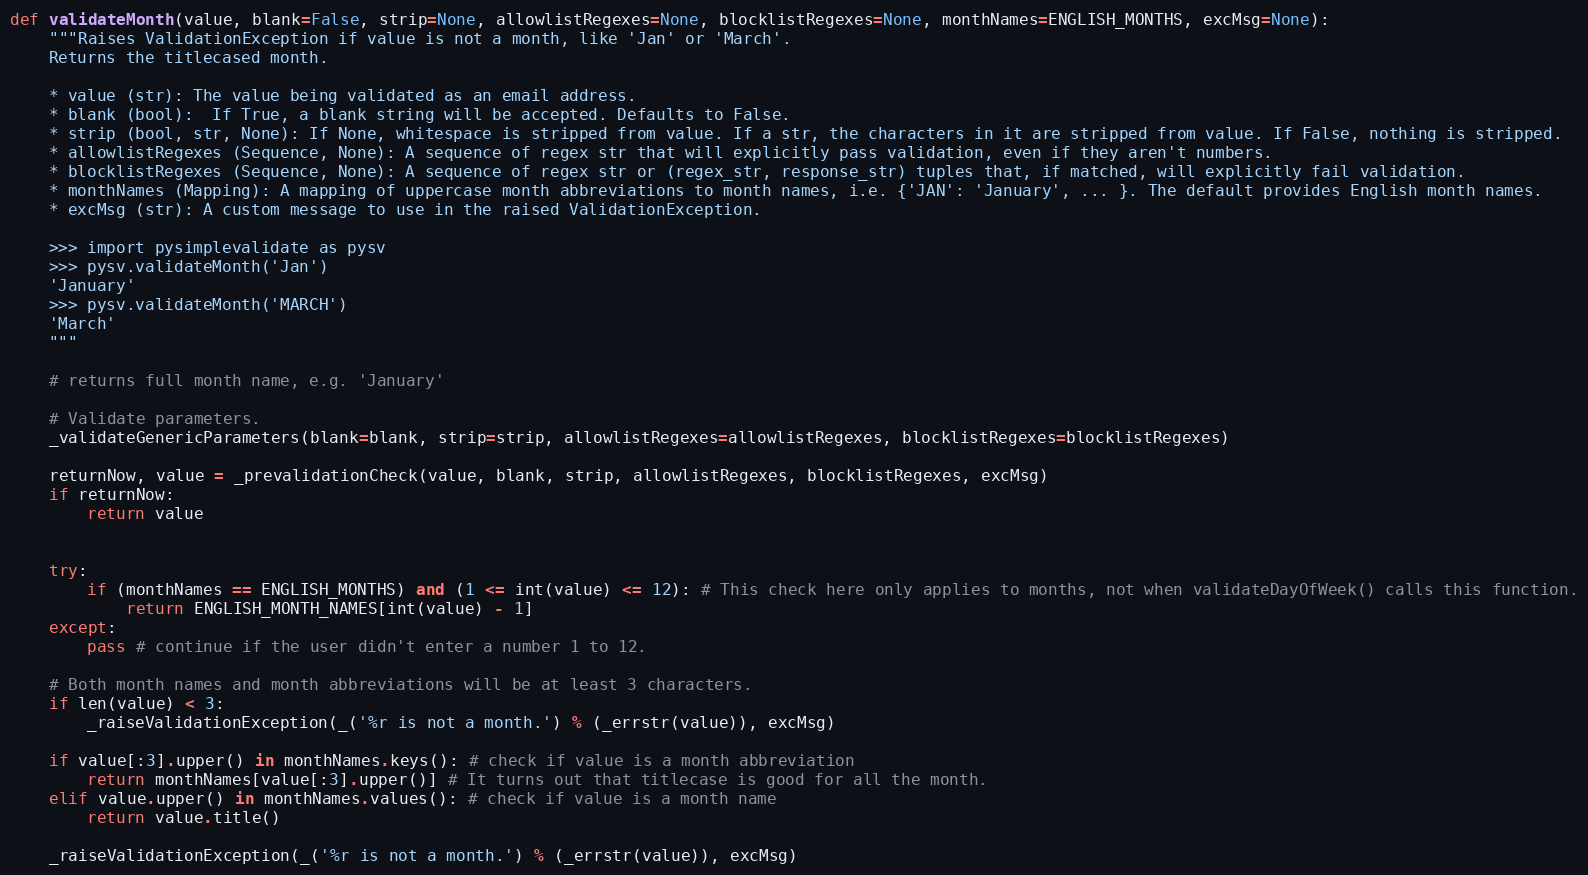
Language: Python
def validateMonth(value, blank=False, strip=None, allowlistRegexes=None, blocklistRegexes=None, monthNames=ENGLISH_MONTHS, excMsg=None):
    """Raises ValidationException if value is not a month, like 'Jan' or 'March'.
    Returns the titlecased month.

    * value (str): The value being validated as an email address.
    * blank (bool):  If True, a blank string will be accepted. Defaults to False.
    * strip (bool, str, None): If None, whitespace is stripped from value. If a str, the characters in it are stripped from value. If False, nothing is stripped.
    * allowlistRegexes (Sequence, None): A sequence of regex str that will explicitly pass validation, even if they aren't numbers.
    * blocklistRegexes (Sequence, None): A sequence of regex str or (regex_str, response_str) tuples that, if matched, will explicitly fail validation.
    * monthNames (Mapping): A mapping of uppercase month abbreviations to month names, i.e. {'JAN': 'January', ... }. The default provides English month names.
    * excMsg (str): A custom message to use in the raised ValidationException.

    >>> import pysimplevalidate as pysv
    >>> pysv.validateMonth('Jan')
    'January'
    >>> pysv.validateMonth('MARCH')
    'March'
    """

    # returns full month name, e.g. 'January'

    # Validate parameters.
    _validateGenericParameters(blank=blank, strip=strip, allowlistRegexes=allowlistRegexes, blocklistRegexes=blocklistRegexes)

    returnNow, value = _prevalidationCheck(value, blank, strip, allowlistRegexes, blocklistRegexes, excMsg)
    if returnNow:
        return value

    try:
        if (monthNames == ENGLISH_MONTHS) and (1 <= int(value) <= 12): # This check here only applies to months, not when validateDayOfWeek() calls this function.
            return ENGLISH_MONTH_NAMES[int(value) - 1]
    except:
        pass # continue if the user didn't enter a number 1 to 12.

    # Both month names and month abbreviations will be at least 3 characters.
    if len(value) < 3:
        _raiseValidationException(_('%r is not a month.') % (_errstr(value)), excMsg)

    if value[:3].upper() in monthNames.keys(): # check if value is a month abbreviation
        return monthNames[value[:3].upper()] # It turns out that titlecase is good for all the month.
    elif value.upper() in monthNames.values(): # check if value is a month name
        return value.title()

    _raiseValidationException(_('%r is not a month.') % (_errstr(value)), excMsg)